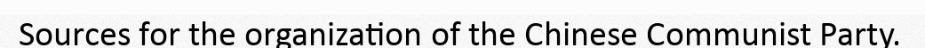
Sources for the organization of the Chinese Communist Party.